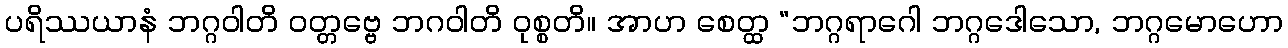
ပရိဿယာနံ ဘဂ္ဂဝါတိ ဝတ္တဗ္ဗေ ဘဂဝါတိ ဝုစ္စတိ။ အာဟ စေတ္ထ “ဘဂ္ဂရာဂေါ ဘဂ္ဂဒေါသော, ဘဂ္ဂမောဟော